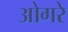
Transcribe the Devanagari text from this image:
ओगरे